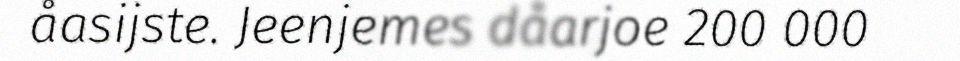
åasijste. Jeenjemes dåarjoe 200 000